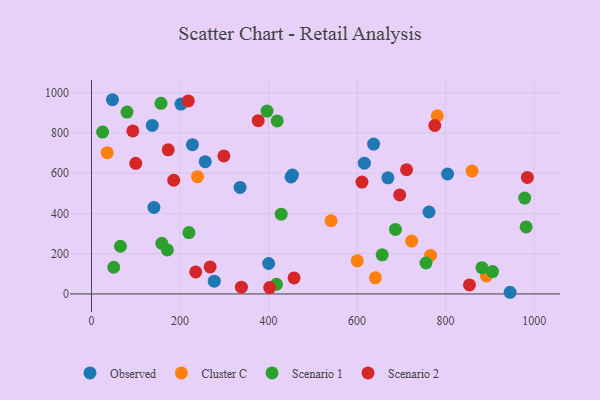
{"axis": {"x": "Engine Size", "y": "Sales"}, "legend": ["Cluster C", "Observed", "Scenario 1", "Scenario 2"], "data": [{"x": "202.2", "y": 943.0, "type": "Observed"}, {"x": "637.3", "y": 744.2, "type": "Observed"}, {"x": "450.9", "y": 581.2, "type": "Observed"}, {"x": "762.4", "y": 407.1, "type": "Observed"}, {"x": "335.7", "y": 529.1, "type": "Observed"}, {"x": "47.4", "y": 964.7, "type": "Observed"}, {"x": "400.3", "y": 151.3, "type": "Observed"}, {"x": "277.4", "y": 63.2, "type": "Observed"}, {"x": "945.7", "y": 8.3, "type": "Observed"}, {"x": "228.1", "y": 741.5, "type": "Observed"}, {"x": "453.9", "y": 590.4, "type": "Observed"}, {"x": "616.5", "y": 649.5, "type": "Observed"}, {"x": "137.4", "y": 836.8, "type": "Observed"}, {"x": "669.6", "y": 576.8, "type": "Observed"}, {"x": "141.1", "y": 429.8, "type": "Observed"}, {"x": "804.4", "y": 595.7, "type": "Observed"}, {"x": "257.0", "y": 657.2, "type": "Observed"}, {"x": "641.4", "y": 80.2, "type": "Cluster C"}, {"x": "766.0", "y": 191.5, "type": "Cluster C"}, {"x": "35.6", "y": 701.7, "type": "Cluster C"}, {"x": "892.0", "y": 89.3, "type": "Cluster C"}, {"x": "859.7", "y": 610.3, "type": "Cluster C"}, {"x": "781.2", "y": 885.1, "type": "Cluster C"}, {"x": "239.4", "y": 582.4, "type": "Cluster C"}, {"x": "723.3", "y": 262.7, "type": "Cluster C"}, {"x": "541.3", "y": 363.6, "type": "Cluster C"}, {"x": "600.4", "y": 164.5, "type": "Cluster C"}, {"x": "882.2", "y": 130.4, "type": "Scenario 1"}, {"x": "80.3", "y": 903.5, "type": "Scenario 1"}, {"x": "417.9", "y": 47.9, "type": "Scenario 1"}, {"x": "158.9", "y": 251.6, "type": "Scenario 1"}, {"x": "755.7", "y": 153.8, "type": "Scenario 1"}, {"x": "978.7", "y": 476.1, "type": "Scenario 1"}, {"x": "981.8", "y": 332.9, "type": "Scenario 1"}, {"x": "171.4", "y": 218.6, "type": "Scenario 1"}, {"x": "428.6", "y": 396.0, "type": "Scenario 1"}, {"x": "157.1", "y": 946.6, "type": "Scenario 1"}, {"x": "65.5", "y": 236.8, "type": "Scenario 1"}, {"x": "656.7", "y": 194.2, "type": "Scenario 1"}, {"x": "419.5", "y": 859.5, "type": "Scenario 1"}, {"x": "686.7", "y": 320.5, "type": "Scenario 1"}, {"x": "220.1", "y": 305.0, "type": "Scenario 1"}, {"x": "396.6", "y": 908.4, "type": "Scenario 1"}, {"x": "906.0", "y": 111.3, "type": "Scenario 1"}, {"x": "50.3", "y": 132.5, "type": "Scenario 1"}, {"x": "25.2", "y": 804.2, "type": "Scenario 1"}, {"x": "696.3", "y": 491.8, "type": "Scenario 2"}, {"x": "775.6", "y": 836.7, "type": "Scenario 2"}, {"x": "185.8", "y": 564.7, "type": "Scenario 2"}, {"x": "711.8", "y": 617.0, "type": "Scenario 2"}, {"x": "338.7", "y": 33.8, "type": "Scenario 2"}, {"x": "853.9", "y": 45.0, "type": "Scenario 2"}, {"x": "376.6", "y": 860.5, "type": "Scenario 2"}, {"x": "235.5", "y": 109.2, "type": "Scenario 2"}, {"x": "268.0", "y": 134.1, "type": "Scenario 2"}, {"x": "402.5", "y": 31.7, "type": "Scenario 2"}, {"x": "93.4", "y": 809.6, "type": "Scenario 2"}, {"x": "457.6", "y": 79.6, "type": "Scenario 2"}, {"x": "173.3", "y": 716.1, "type": "Scenario 2"}, {"x": "611.0", "y": 555.6, "type": "Scenario 2"}, {"x": "100.0", "y": 648.8, "type": "Scenario 2"}, {"x": "299.1", "y": 685.5, "type": "Scenario 2"}, {"x": "984.7", "y": 578.8, "type": "Scenario 2"}, {"x": "218.7", "y": 958.6, "type": "Scenario 2"}]}